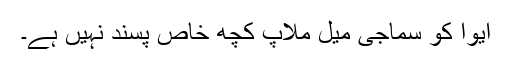
ایوا کو سماجی میل ملاپ کچھ خاص پسند نہیں ہے۔